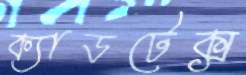
ক্যাডটেক্স